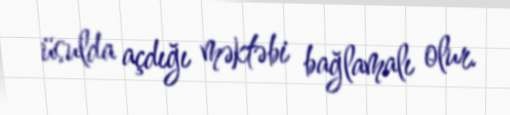
üsulda açdığı məktəbi bağlamalı olur.